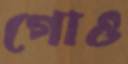
গোও